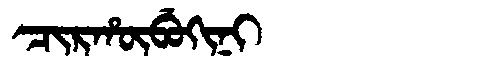
Manchu: ᠴᡳᡵᡥᡡᠪᡠᡴᡳᠨᡳ
Romanization: CIRHŪBUKINI